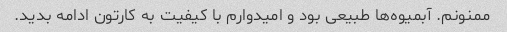
ممنونم. آبمیوه‌ها طبیعی بود و امیدوارم با کیفیت به کارتون ادامه بدید.